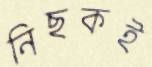
নিছকই